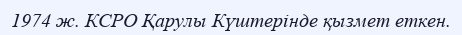
1974 ж. КСРО Қарулы Күштерінде қызмет еткен.